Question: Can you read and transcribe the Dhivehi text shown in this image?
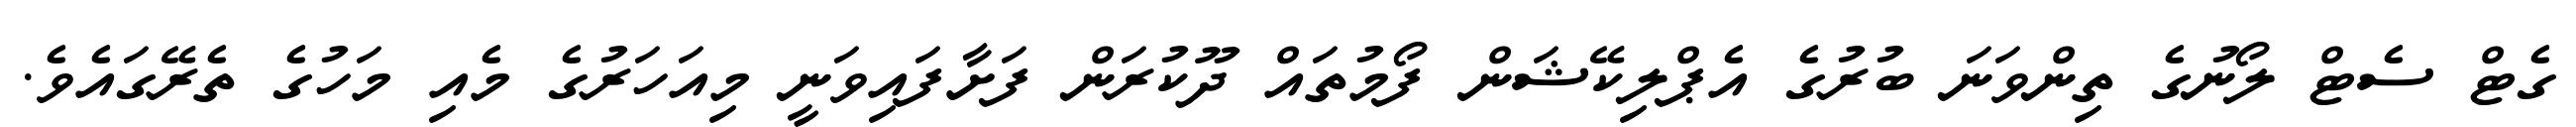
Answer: ގެޓް ސެޓް ލޯނުގެ ތިންވަނަ ބުރުގެ އެޕްލިކޭޝަން ފޯމުތައް ދޫކުރަން ފަށާފައިވަނީ މިއަހަރުގެ މެއި މަހުގެ ތެރޭގައެވެ.